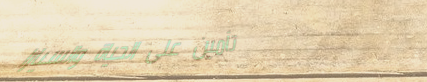
تأمين على الحياة والسيارا